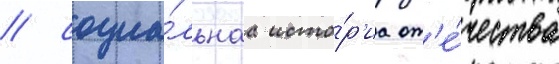
/ социа́льнаа исто́р'иа от'е́чества